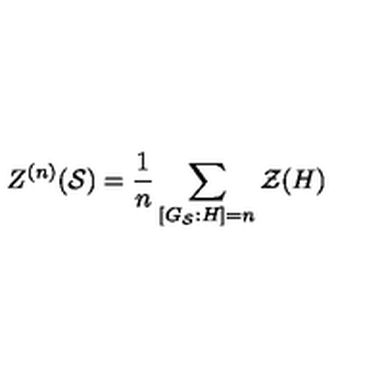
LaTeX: Z ^ { ( n ) } ( \mathcal { S } ) = \frac { 1 } { n } \sum _ { \left[ G _ { \mathcal { S } } : H \right] = n } \mathcal { Z } ( H )